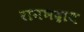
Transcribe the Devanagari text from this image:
रामभद्राय